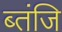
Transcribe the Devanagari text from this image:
ब्तंजि